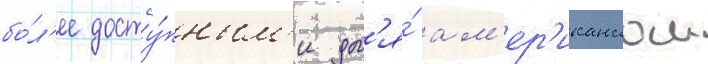
бо́л'ее досту́пным'и дл'я́ ам'ер'иканскои